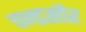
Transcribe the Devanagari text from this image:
चन्द्रसौर